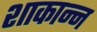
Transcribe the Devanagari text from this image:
शाकान्न